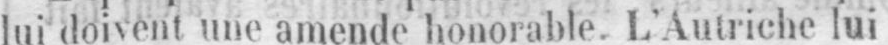
lui doivent une amende honorable. L’Autriche lui